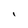
Character: I